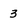
Character: 3